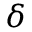
\delta